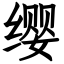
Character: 缨